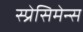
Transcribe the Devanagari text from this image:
स्प्रेसिमेन्स